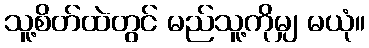
သူ့စိတ်ထဲတွင် မည်သူ့ကိုမျှ မယုံ။